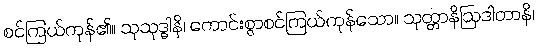
စင်ကြယ်ကုန်၏။ သုသုဒ္ဓါနိ၊ ကောင်းစွာစင်ကြယ်ကုန်သော။ သုတ္တာနိဩဒါတာနိ၊